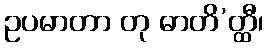
ဥပမာတာ တု ဓာတိ’တ္ထီ၊